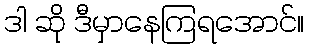
ဒါ ဆို ဒီမှာနေကြရအောင်။